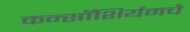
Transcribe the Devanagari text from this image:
कन्सॉशिर्यमचे